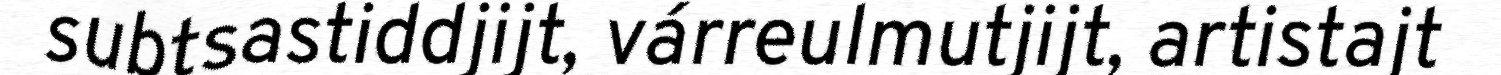
subtsastiddjijt, várreulmutjijt, artistajt